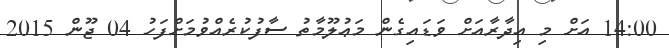
14:00 އަށް މި އިދާރާއަށް ވަޑައިގެން މަޢުލޫމާތު ސާފުކުރެއްވުމަށްފަހު 04 ޖޫން 2015